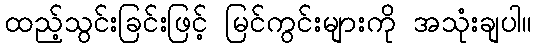
ထည့်သွင်းခြင်းဖြင့် မြင်ကွင်းများကို အသုံးချပါ။